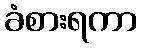
ခံစားရကာ